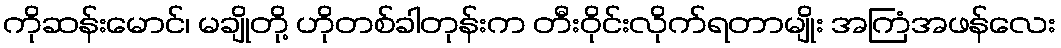
ကိုဆန်းမောင်၊ မချိုတို့ ဟိုတစ်ခါတုန်းက တီးဝိုင်းလိုက်ရတာမျိုး အကြံအဖန်လေး